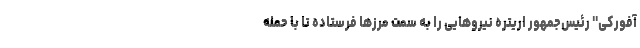
آفورکی" رئیس‌جمهور اریتره نیروهایی را به سمت مرزها فرستاده تا با حمله